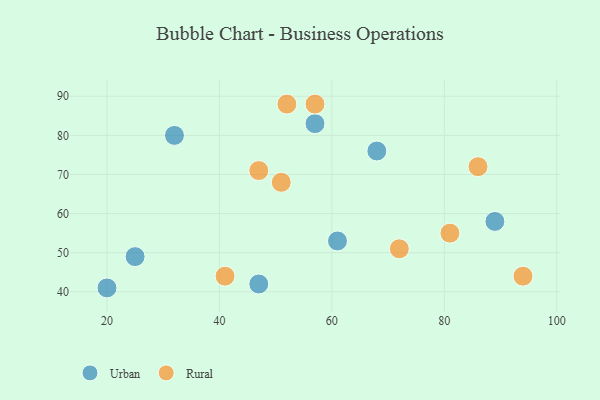
{"axis": {"x": "GDP", "y": "Life Expectancy"}, "legend": ["Rural", "Urban"], "data": [{"x": "32", "y": 80, "type": "Urban"}, {"x": "47", "y": 42, "type": "Urban"}, {"x": "89", "y": 58, "type": "Urban"}, {"x": "61", "y": 53, "type": "Urban"}, {"x": "68", "y": 76, "type": "Urban"}, {"x": "57", "y": 83, "type": "Urban"}, {"x": "25", "y": 49, "type": "Urban"}, {"x": "20", "y": 41, "type": "Urban"}, {"x": "81", "y": 55, "type": "Rural"}, {"x": "94", "y": 44, "type": "Rural"}, {"x": "47", "y": 71, "type": "Rural"}, {"x": "57", "y": 88, "type": "Rural"}, {"x": "51", "y": 68, "type": "Rural"}, {"x": "52", "y": 88, "type": "Rural"}, {"x": "41", "y": 44, "type": "Rural"}, {"x": "86", "y": 72, "type": "Rural"}, {"x": "72", "y": 51, "type": "Rural"}]}